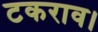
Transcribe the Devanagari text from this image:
टकराव।